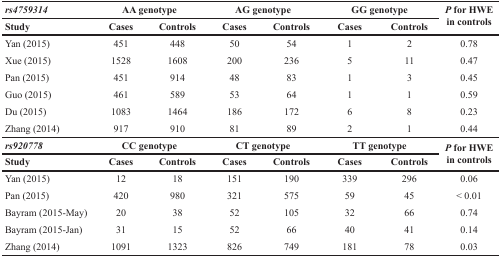
| rs4759314 | <COLSPAN=2> AA genotype | <COLSPAN=2> AG genotype | <COLSPAN=2> GG genotype | <ROWSPAN=2> P for HWE in controls |
 | Study | Cases | Controls | Cases | Controls | Cases | Controls |
 | --- | --- | --- | --- | --- | --- | --- | --- |
 | Yan (2015) | 451 | 448 | 50 | 54 | 1 | 2 | 0.78 |
 | Xue (2015) | 1528 | 1608 | 200 | 236 | 5 | 11 | 0.47 |
 | Pan (2015) | 451 | 914 | 48 | 83 | 1 | 3 | 0.45 |
 | Guo (2015) | 461 | 589 | 53 | 64 | 1 | 1 | 0.59 |
 | Du (2015) | 1083 | 1464 | 186 | 172 | 6 | 8 | 0.23 |
 | Zhang (2014) | 917 | 910 | 81 | 89 | 2 | 1 | 0.44 |
 | rs920778 | <COLSPAN=2> CC genotype | <COLSPAN=2> CT genotype | <COLSPAN=2> TT genotype | <ROWSPAN=2> P for HWE in controls |
 | Study | Cases | Controls | Cases | Controls | Cases | Controls |
 | Yan (2015) | 12 | 18 | 151 | 190 | 339 | 296 | 0.06 |
 | Pan (2015) | 420 | 980 | 321 | 575 | 59 | 45 | < 0.01 |
 | Bayram (2015-May) | 20 | 38 | 52 | 105 | 32 | 66 | 0.74 |
 | Bayram (2015-Jan) | 31 | 15 | 52 | 66 | 40 | 41 | 0.14 |
 | Zhang (2014) | 1091 | 1323 | 826 | 749 | 181 | 78 | 0.03 |